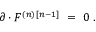
\partial \cdot { \cal F } ^ { ( n ) \, [ n - 1 ] } \ = \ 0 \ .